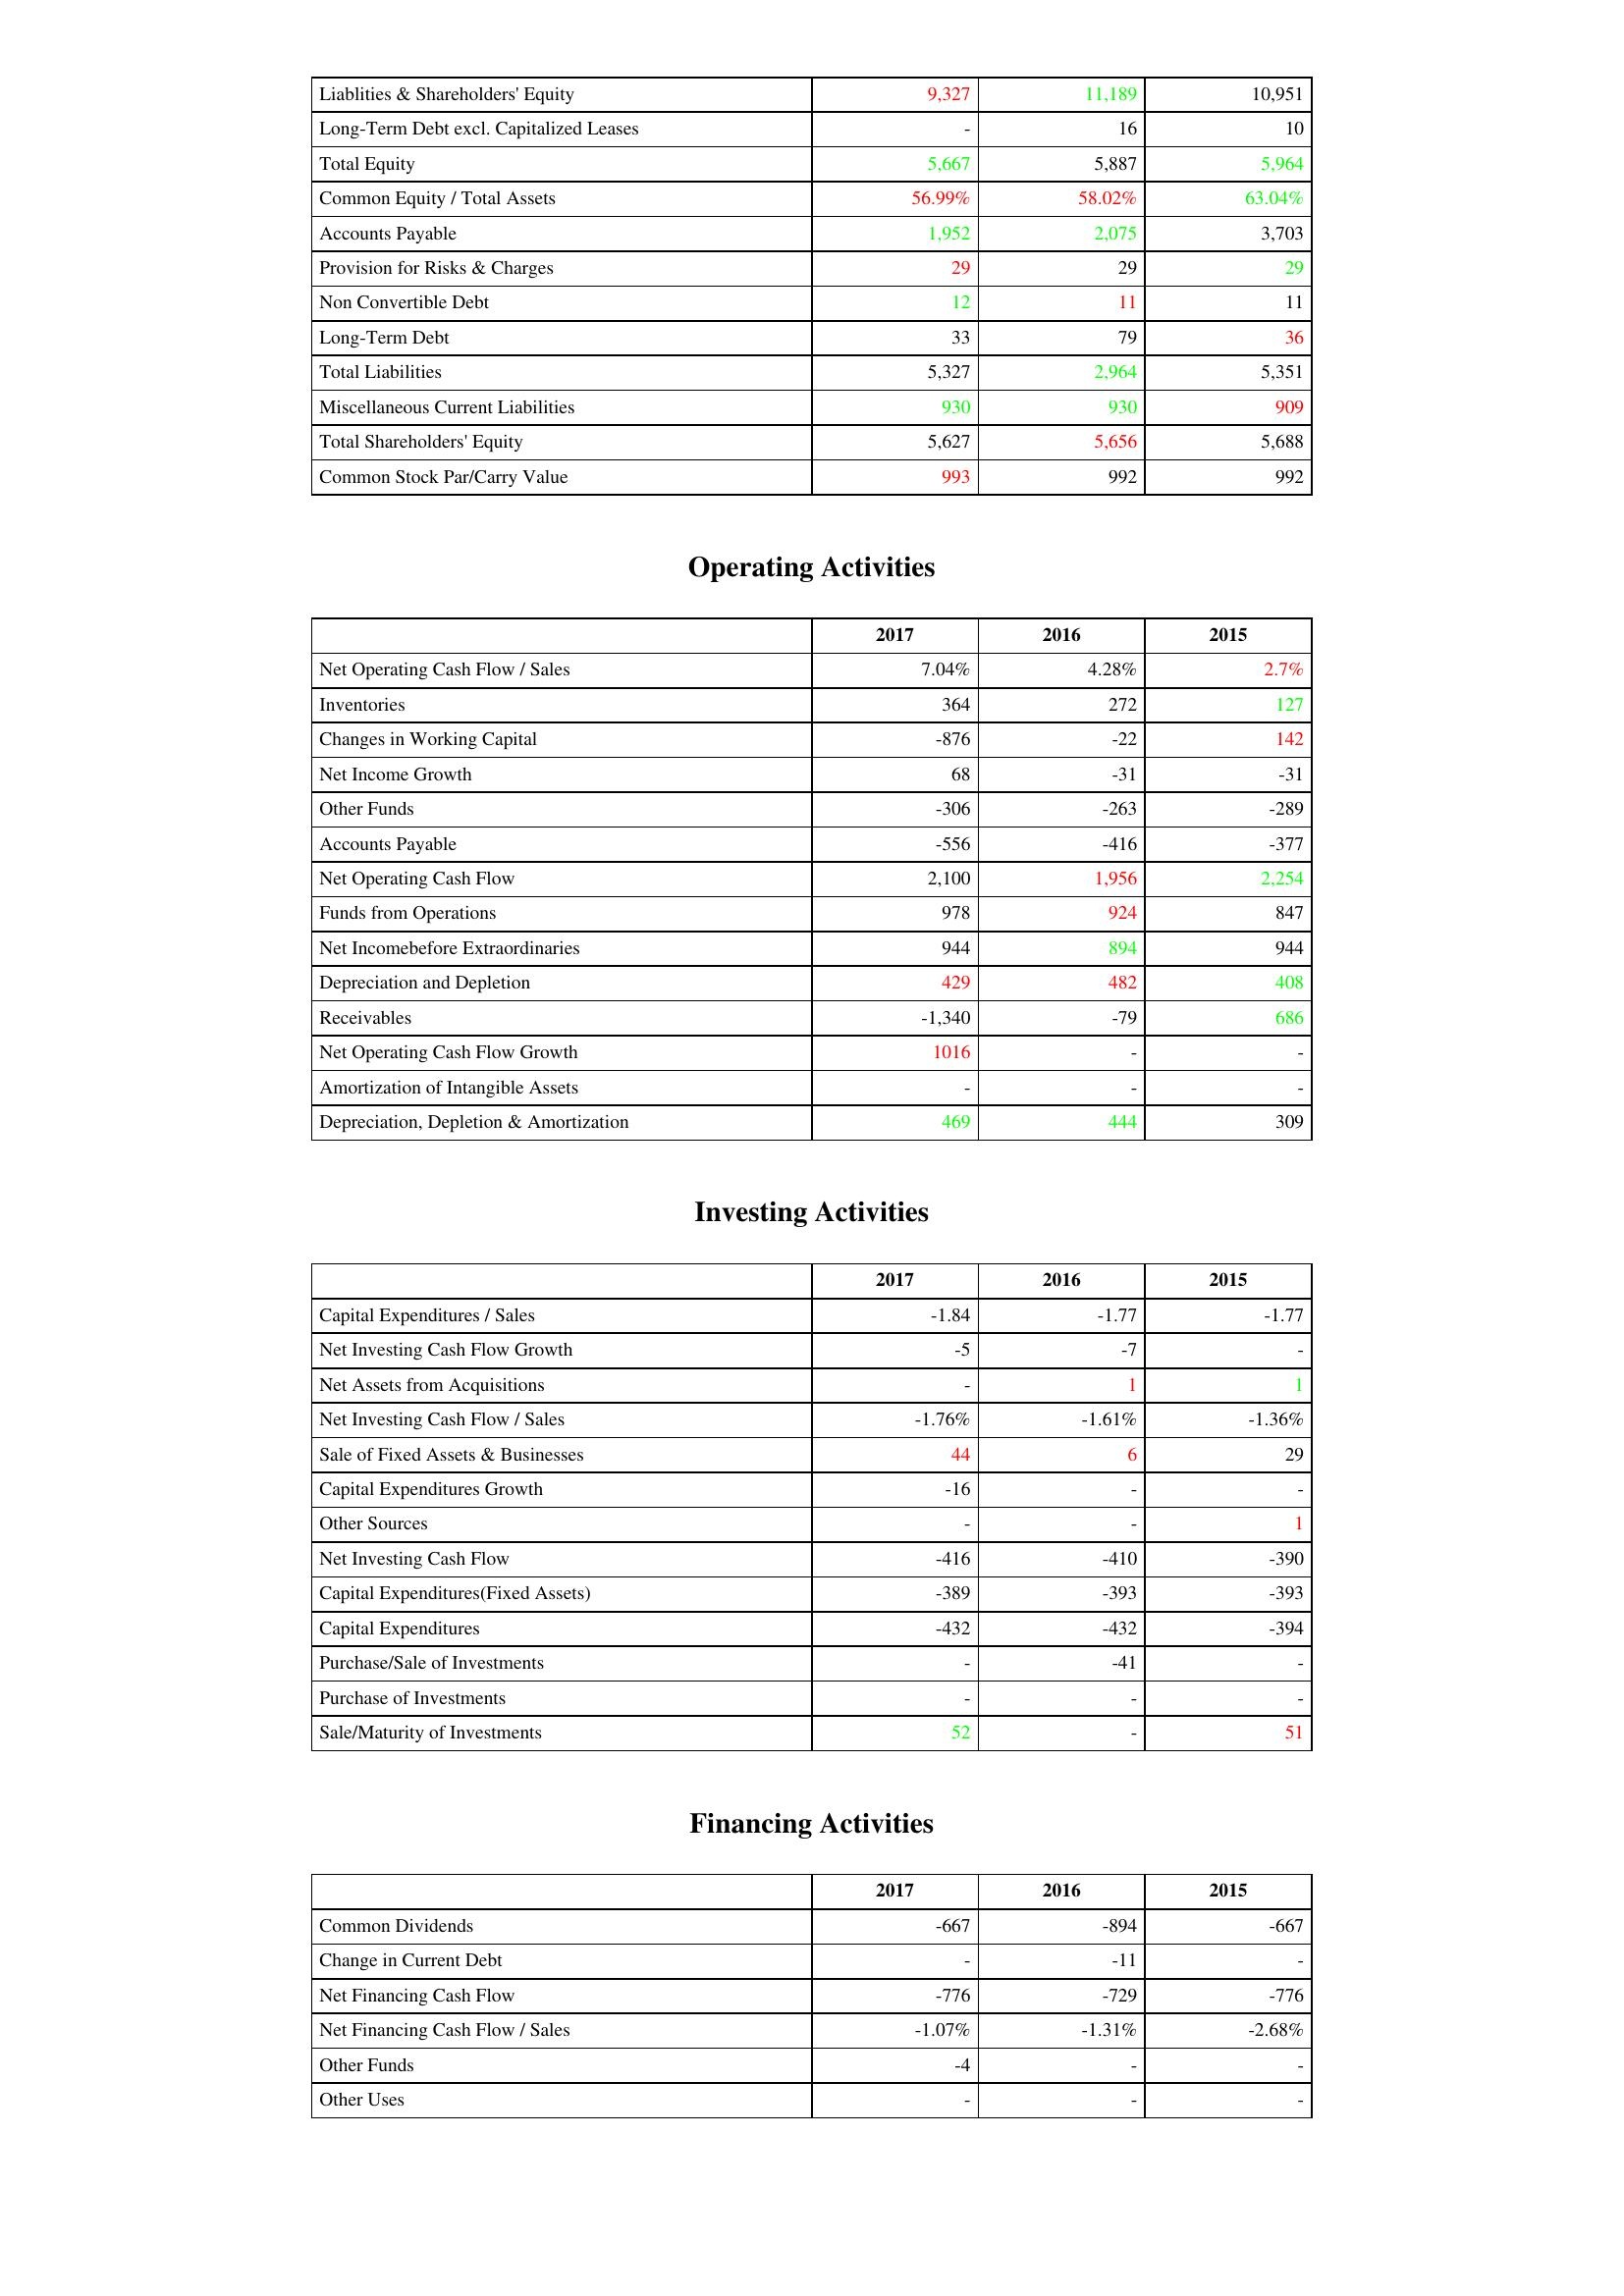
gt_parse: 2017: Liabilities & Shareholder's Equity: Liablities & Shareholders' Equity: 9,327
Long-Term Debt excl. Capitalized Leases: -
Total Equity: 5,667
Common Equity / Total Assets: 56.99%
Accounts Payable: 1,952
Provision for Risks & Charges: 29
Non Convertible Debt: 12
Long-Term Debt: 33
Total Liabilities: 5,327
Miscellaneous Current Liabilities: 930
Total Shareholders' Equity: 5,627
Common Stock Par/Carry Value: 993
Operating Activities: Net Operating Cash Flow / Sales: 7.04%
Inventories: 364
Changes in Working Capital: -876
Net Income Growth: 68
Other Funds: -306
Accounts Payable: -556
Net Operating Cash Flow: 2,100
Funds from Operations: 978
Net Incomebefore Extraordinaries: 944
Depreciation and Depletion: 429
Receivables: -1,340
Net Operating Cash Flow Growth: 1016
Amortization of Intangible Assets: -
Depreciation, Depletion & Amortization: 469
Investing Activities: Capital Expenditures / Sales: -1.84
Net Investing Cash Flow Growth: -5
Net Assets from Acquisitions: -
Net Investing Cash Flow / Sales: -1.76%
Sale of Fixed Assets & Businesses: 44
Capital Expenditures Growth: -16
Other Sources: -
Net Investing Cash Flow: -416
Capital Expenditures(Fixed Assets): -389
Capital Expenditures: -432
Purchase/Sale of Investments: -
Purchase of Investments: -
Sale/Maturity of Investments: 52
Financing Activities: Common Dividends: -667
Change in Current Debt: -
Net Financing Cash Flow: -776
Net Financing Cash Flow / Sales: -1.07%
Other Funds: -4
Other Uses: -
2016: Liabilities & Shareholder's Equity: Liablities & Shareholders' Equity: 11,189
Long-Term Debt excl. Capitalized Leases: 16
Total Equity: 5,887
Common Equity / Total Assets: 58.02%
Accounts Payable: 2,075
Provision for Risks & Charges: 29
Non Convertible Debt: 11
Long-Term Debt: 79
Total Liabilities: 2,964
Miscellaneous Current Liabilities: 930
Total Shareholders' Equity: 5,656
Common Stock Par/Carry Value: 992
Operating Activities: Net Operating Cash Flow / Sales: 4.28%
Inventories: 272
Changes in Working Capital: -22
Net Income Growth: -31
Other Funds: -263
Accounts Payable: -416
Net Operating Cash Flow: 1,956
Funds from Operations: 924
Net Incomebefore Extraordinaries: 894
Depreciation and Depletion: 482
Receivables: -79
Net Operating Cash Flow Growth: -
Amortization of Intangible Assets: -
Depreciation, Depletion & Amortization: 444
Investing Activities: Capital Expenditures / Sales: -1.77
Net Investing Cash Flow Growth: -7
Net Assets from Acquisitions: 1
Net Investing Cash Flow / Sales: -1.61%
Sale of Fixed Assets & Businesses: 6
Capital Expenditures Growth: -
Other Sources: -
Net Investing Cash Flow: -410
Capital Expenditures(Fixed Assets): -393
Capital Expenditures: -432
Purchase/Sale of Investments: -41
Purchase of Investments: -
Sale/Maturity of Investments: -
Financing Activities: Common Dividends: -894
Change in Current Debt: -11
Net Financing Cash Flow: -729
Net Financing Cash Flow / Sales: -1.31%
Other Funds: -
Other Uses: -
2015: Liabilities & Shareholder's Equity: Liablities & Shareholders' Equity: 10,951
Long-Term Debt excl. Capitalized Leases: 10
Total Equity: 5,964
Common Equity / Total Assets: 63.04%
Accounts Payable: 3,703
Provision for Risks & Charges: 29
Non Convertible Debt: 11
Long-Term Debt: 36
Total Liabilities: 5,351
Miscellaneous Current Liabilities: 909
Total Shareholders' Equity: 5,688
Common Stock Par/Carry Value: 992
Operating Activities: Net Operating Cash Flow / Sales: 2.7%
Inventories: 127
Changes in Working Capital: 142
Net Income Growth: -31
Other Funds: -289
Accounts Payable: -377
Net Operating Cash Flow: 2,254
Funds from Operations: 847
Net Incomebefore Extraordinaries: 944
Depreciation and Depletion: 408
Receivables: 686
Net Operating Cash Flow Growth: -
Amortization of Intangible Assets: -
Depreciation, Depletion & Amortization: 309
Investing Activities: Capital Expenditures / Sales: -1.77
Net Investing Cash Flow Growth: -
Net Assets from Acquisitions: 1
Net Investing Cash Flow / Sales: -1.36%
Sale of Fixed Assets & Businesses: 29
Capital Expenditures Growth: -
Other Sources: 1
Net Investing Cash Flow: -390
Capital Expenditures(Fixed Assets): -393
Capital Expenditures: -394
Purchase/Sale of Investments: -
Purchase of Investments: -
Sale/Maturity of Investments: 51
Financing Activities: Common Dividends: -667
Change in Current Debt: -
Net Financing Cash Flow: -776
Net Financing Cash Flow / Sales: -2.68%
Other Funds: -
Other Uses: -